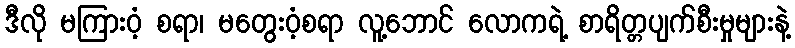
ဒီလို မကြားဝံ့ စရာ၊ မတွေးဝံ့စရာ လူ့ဘောင် လောကရဲ့ စာရိတ္တပျက်စီးမှုများနဲ့